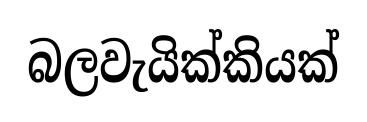
බලවැයික්කියක්